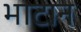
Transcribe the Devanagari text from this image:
भाटान